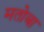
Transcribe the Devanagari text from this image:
मतोबा